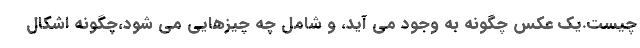
چیست.یک عکس چگونه به وجود می آید، و شامل چه چیزهایی می شود،چگونه اشکال